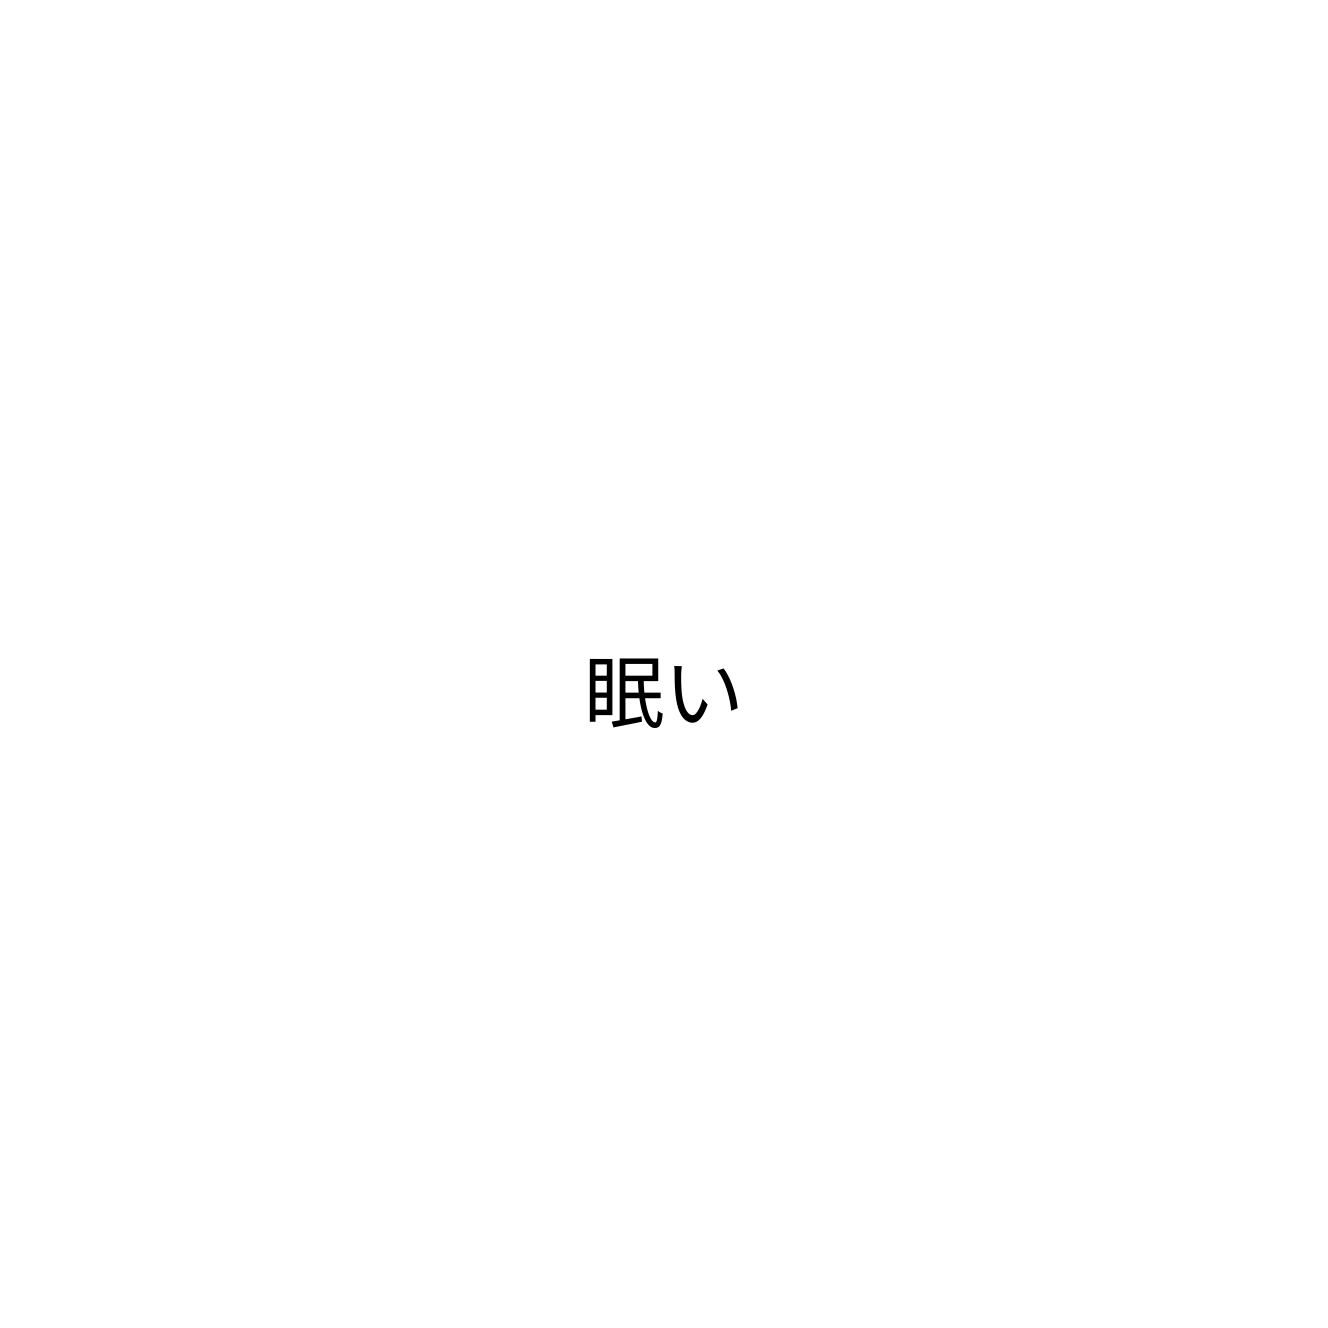
眠い